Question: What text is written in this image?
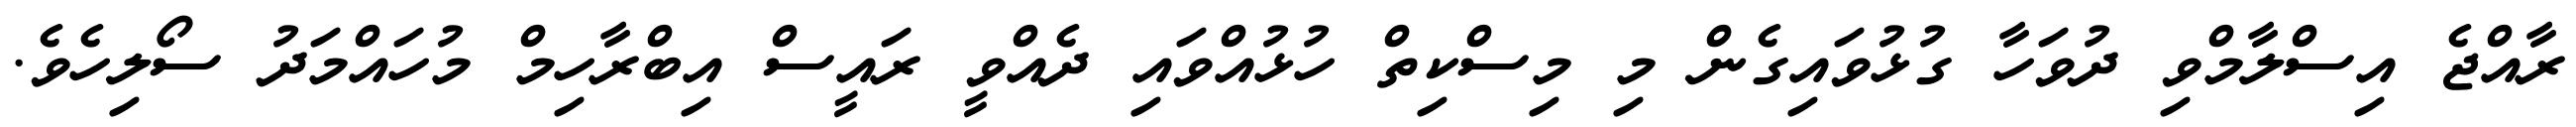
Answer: ރާއްޖެ އިސްލާމްވި ދުވަހާ ގުޅުވައިގެން މި މިސްކިތް ހުޅުއްވައި ދެއްވީ ރައީސް އިބްރާހިމް މުހައްމަދު ސޯލިހެވެ.